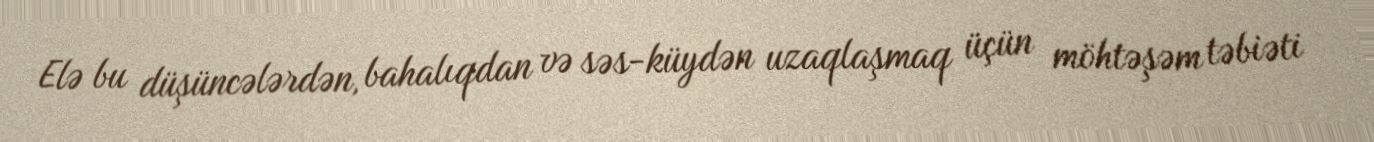
Elə bu düşüncələrdən, bahalıqdan və səs-küydən uzaqlaşmaq üçün möhtəşəm təbiəti